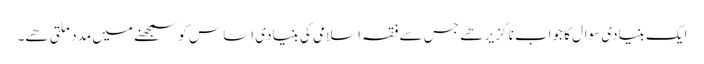
ایک بنیادی سوال کا جواب نا گزیر ھے جس سے فقہ اسلامی کی بنیادی اساس کو سمجھنے میں مدد ملتی ھے۔